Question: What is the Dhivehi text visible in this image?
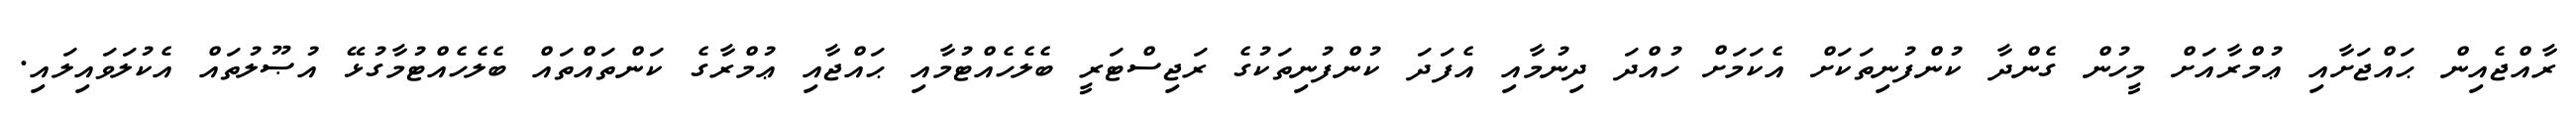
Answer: ރާއްޖެއިން ޙައްޖަށާއި ޢުމްރާއަށް މީހުން ގެންދާ ކުންފުނިތަކަށް އެކަމަށް ހުއްދަ ދިނުމާއި އެފަދަ ކުންފުނިތަކުގެ ރަޖިސްޓަރީ ބެލެހެއްޓުމާއި ޙައްޖާއި ޢުމްރާގެ ކަންތައްތައް ބެލެހެއްޓުމާގުޅޭ އުޞޫލުތައް އެކުލަވައިލައި.